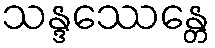
သန္ဒဿေန္တေ